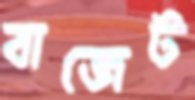
বাজেট